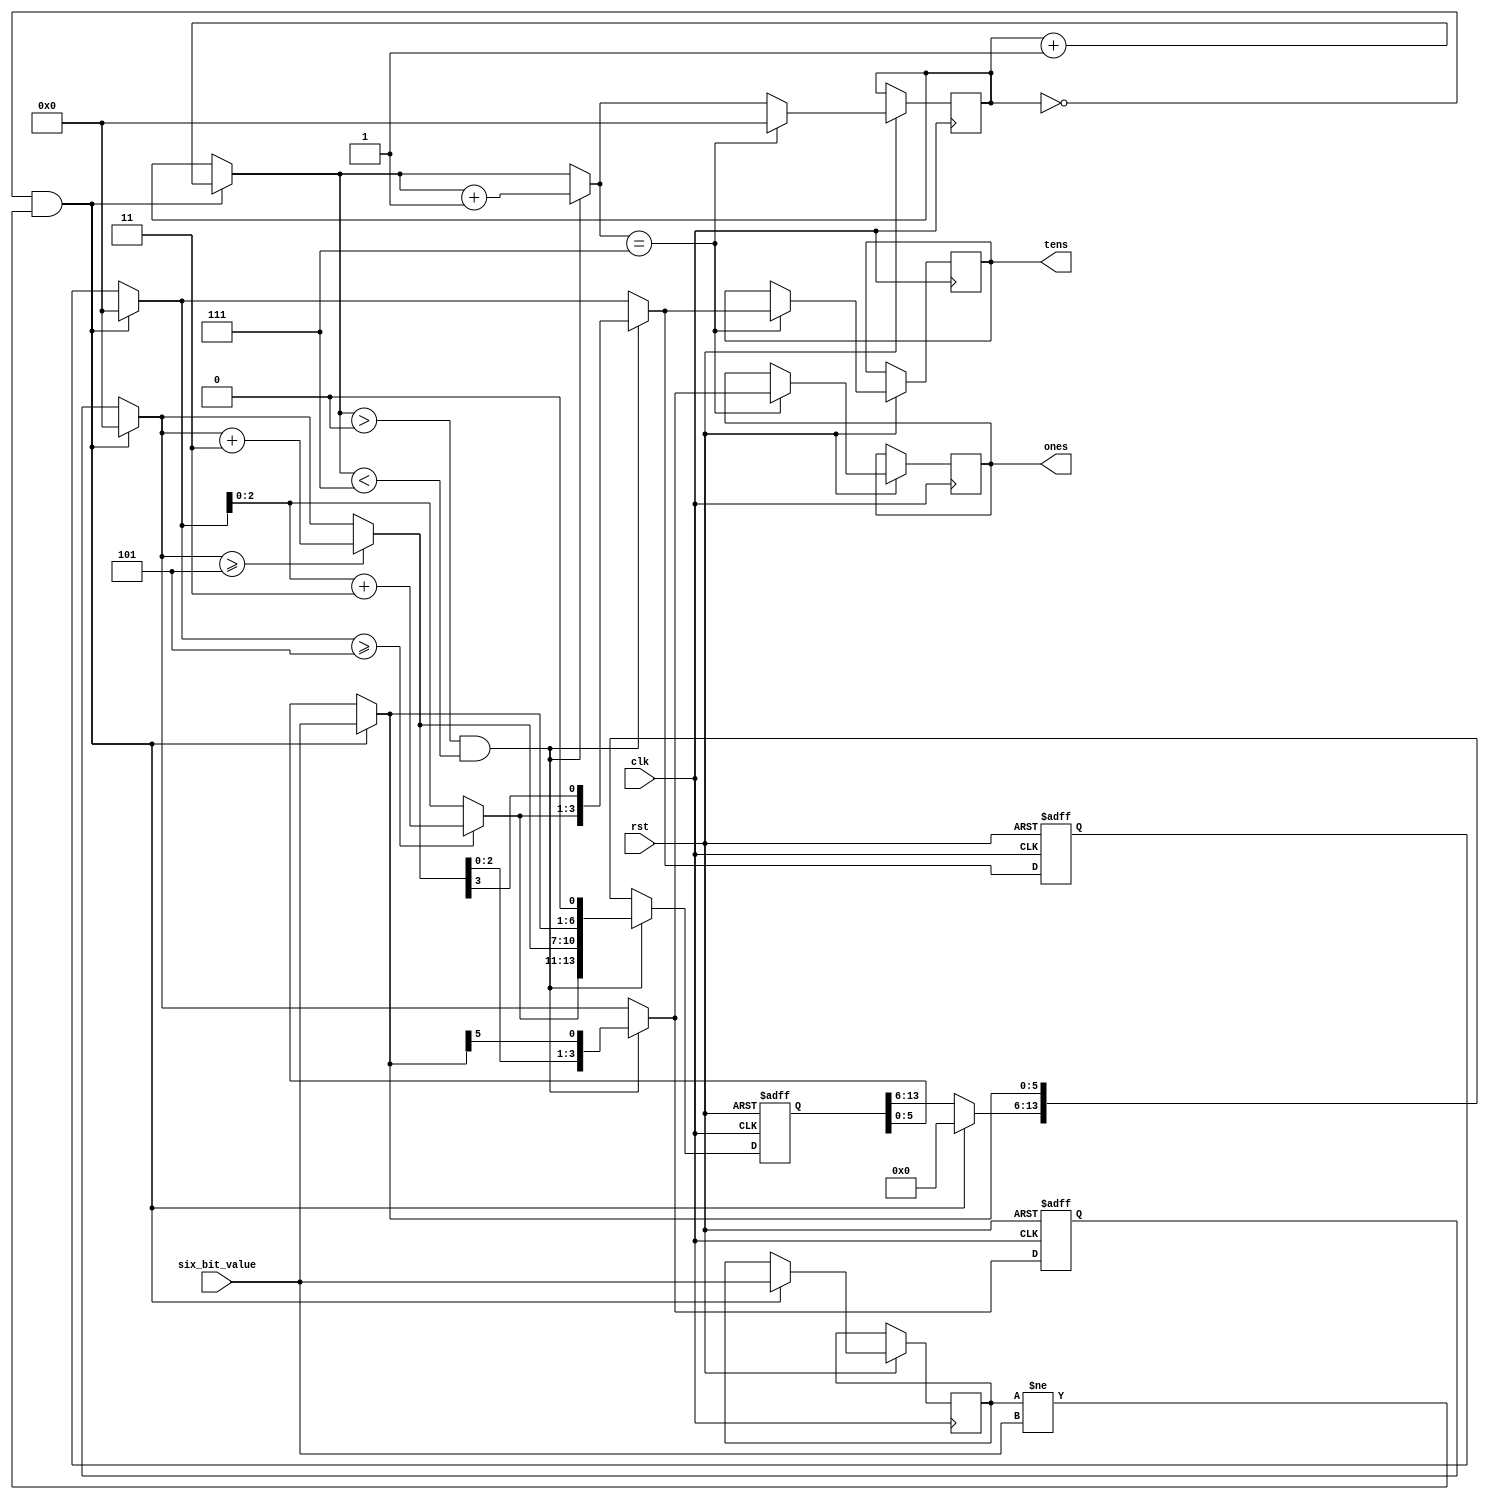

module binary2BCD(
    input clk,rst,
    input [5:0] six_bit_value,
    output reg[3:0] ones,
    output reg[3:0] tens
    );
    
    
    reg [3:0] i = 0;
    reg [13:0] shift_reg = 0;//14 bits
    reg [3:0] t_ones = 0;
    reg [3:0] t_tens = 0;
    
    reg [5:0] Old_six_bit_value = 0;
        
    always@ (posedge clk or negedge rst)begin
        if(rst == 0)begin
            shift_reg <= 0;
            t_ones <= 0;
            t_tens <= 0;
        end else begin
    
            if(i == 0 & (Old_six_bit_value != six_bit_value))begin
                shift_reg = 0;//initialzing the shift reg to 0
                Old_six_bit_value = six_bit_value;// assign the current 8 bit value to the Old_eight_bit_value
    
                shift_reg[5:0] = six_bit_value;//On the first 6 bits is my number
                t_tens = shift_reg[13:10];
                t_ones = shift_reg[9:6];
                i = i+1; 
            end
            if(i>0 & i <7)begin
                if(t_tens >= 5)begin t_tens = t_tens + 3;  end
                if(t_ones >= 5)begin t_ones = t_ones + 3;  end 
                
                shift_reg[13:6] = {t_tens,t_ones};
                shift_reg = shift_reg << 1;
                
                t_tens = shift_reg[13:10];
                t_ones = shift_reg[9:6];
                i = i+1; 
            end
            if(i == 7)begin
                tens = t_tens;
                ones = t_ones;
                i = 0;  
            end  

        end 
    end
    
    
endmodule